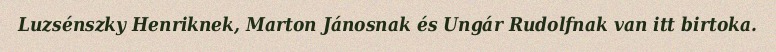
Luzsénszky Henriknek, Marton Jánosnak és Ungár Rudolfnak van itt birtoka.